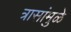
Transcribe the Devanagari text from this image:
त्रासांमुळे